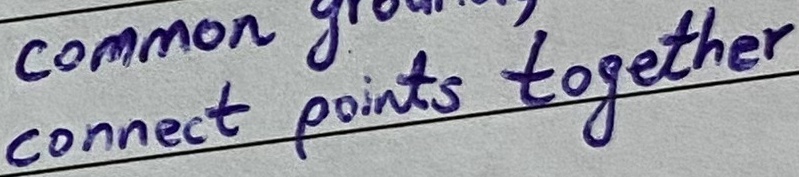
Text: connect points together